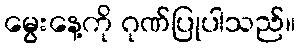
မွေးနေ့ကို ဂုဏ်ပြုပါသည်။